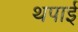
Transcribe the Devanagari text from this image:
थपाई